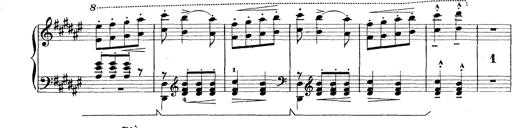
Title: Rapsodie: 19 ungheresi, 1 spagnuola
Composer: Franz Liszt